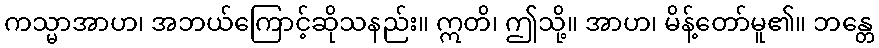
ကသ္မာအာဟ၊ အဘယ်ကြောင့်ဆိုသနည်း။ ဣတိ၊ ဤသို့။ အာဟ၊ မိန့်တော်မူ၏။ ဘန္တေ